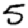
Digit: 5